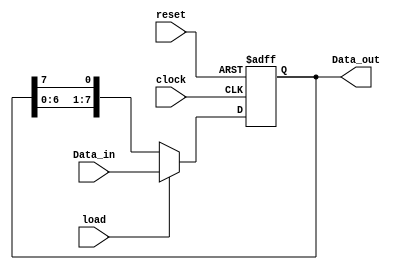
module barrel_shifter (Data_out, Data_in, load, clock, reset);
  output 	[7: 0] 	Data_out;
  input 		[7: 0] 	Data_in;
  input 			load, clock, reset;
  reg 		[7: 0] 	Data_out;

  always @  (posedge reset or posedge clock)
    begin
      if (reset == 1'b1) 		Data_out <= 8'b0;  
      else if (load == 1'b1) 	Data_out <= Data_in;
      else 			Data_out <= {Data_out[6: 0], Data_out[7]};
    end 
endmodule